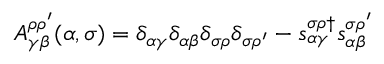
A _ { \gamma \beta } ^ { \rho \rho ^ { \prime } } ( \alpha , \sigma ) = \delta _ { \alpha \gamma } \delta _ { \alpha \beta } \delta _ { \sigma \rho } \delta _ { \sigma \rho ^ { \prime } } - s _ { \alpha \gamma } ^ { \sigma \rho \dagger } s _ { \alpha \beta } ^ { \sigma \rho ^ { \prime } }